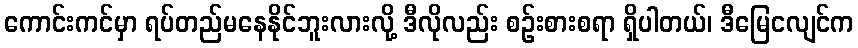
ကောင်းကင်မှာ ရပ်တည်မနေနိုင်ဘူးလားလို့ ဒီလိုလည်း စဉ်းစားစရာ ရှိပါတယ်၊ ဒီမြေငလျင်က